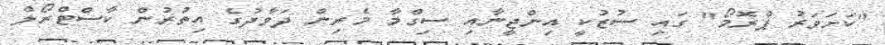
"ކަށަވަރު ޕްރޮމޯ" ގައި ސުޒުކީ އިންޖީނާއި ސިގްމާ މެރިން ދަވާދުގެ އިތުރުން ކާސްޓްރޯލް